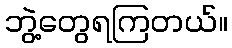
ဘွဲ့တွေရကြတယ်။